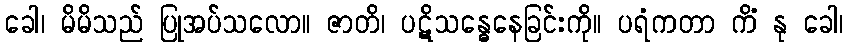
ခေါ၊ မိမိသည် ပြုအပ်သလော။ ဇာတိ၊ ပဋိသန္ဓေနေခြင်းကို။ ပရံကတာ ကိံ နု ခေါ၊